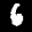
Label: 6